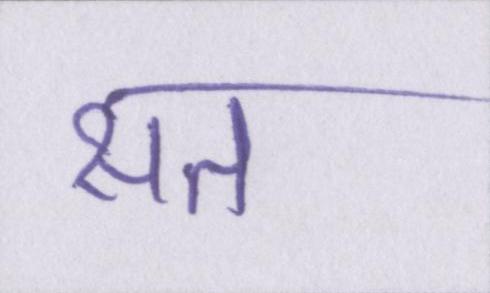
सत